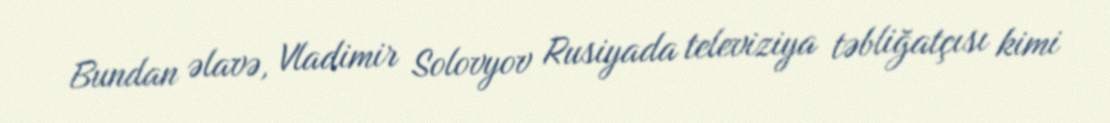
Bundan əlavə, Vladimir Solovyov Rusiyada televiziya təbliğatçısı kimi